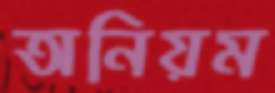
অনিয়ম